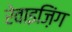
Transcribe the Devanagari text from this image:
रेवाइज़िंग